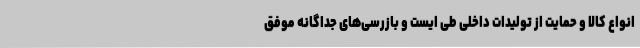
انواع کالا و حمایت از تولیدات داخلی طی ایست و بازرسی‌های جداگانه موفق